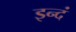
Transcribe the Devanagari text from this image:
इन्दं